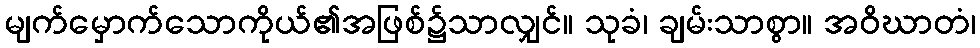
မျက်မှောက်သောကိုယ်၏အဖြစ်၌သာလျှင်။ သုခံ၊ ချမ်းသာစွာ။ အဝိဃာတံ၊